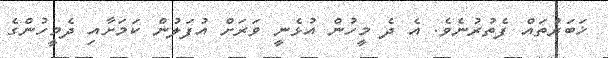
ޚަބަރުތައް ފެތުރުނެވެ. އެ ދެ މީހުން އުޅެނީ ވަރަށް އުފަލުން ކަމަށާއި ދެމީހުންގެ